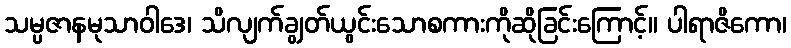
သမ္ပဇာနမုသာဝါဒေ၊ သိလျက်ချွတ်ယွင်းသောစကားကိုဆိုခြင်းကြောင့်။ ပါရာဇိကော၊